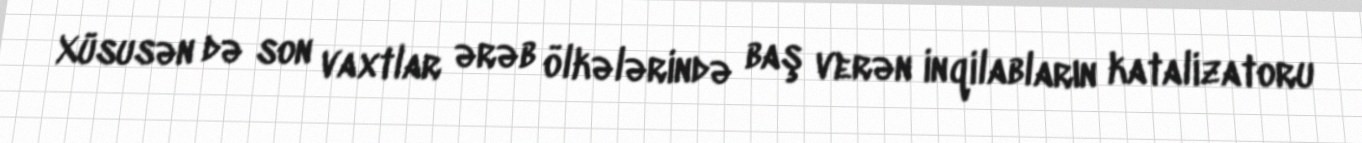
Xüsusən də son vaxtlar ərəb ölkələrində baş verən inqilabların katalizatoru